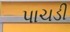
પાચડી